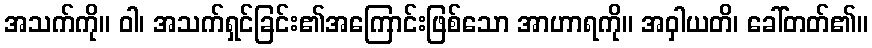
အသက်ကို။ ဝါ၊ အသက်ရှင်ခြင်း၏အကြောင်းဖြစ်သော အာဟာရကို။ အဝှါယတိ၊ ခေါ်တတ်၏။